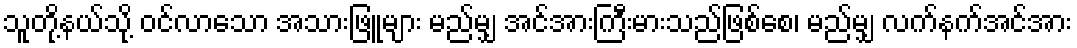
သူတို့နယ်သို့ ဝင်လာသော အသားဖြူများ မည်မျှ အင်အားကြီးမားသည်ဖြစ်စေ၊ မည်မျှ လက်နက်အင်အား